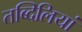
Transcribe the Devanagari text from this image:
तब्दिलियां